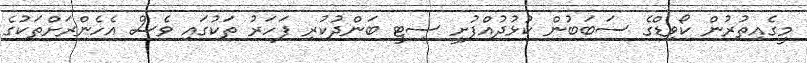
މީގެއިތުރުން ކޯވިޑްގެ ސަބަބުން ކުޅުދުއްފުށީ ސިޓީ ބަންދުކުރި ފަހަރު ތަކުގައި ވެސް އެހެންރަށްތަކުގެ